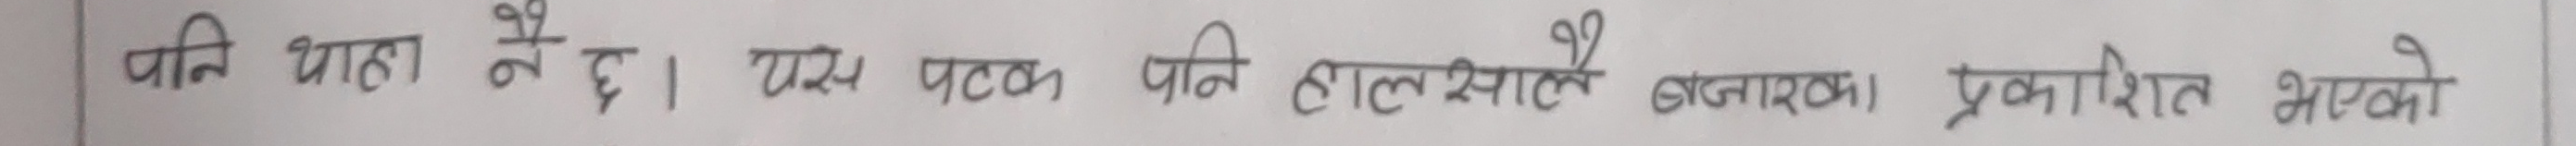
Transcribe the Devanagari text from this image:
पनि थाहा नै छ । यस पटक पनि हालसालै बनारका प्रकाशित भएको